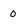
Character: O